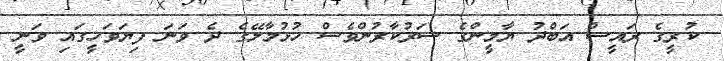
ކުރީގެ ރައީސް އަބްދު ޔާމީންގެ ސަރުކާރުންވެސް ހުޅުމާލޭގެ ދެ ވަނަ ފިޔަވަހީގައި ވަނީ